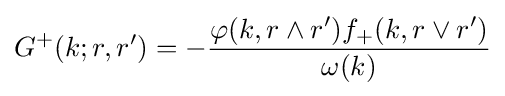
G^{+}(k;r,r')=-{\frac {\varphi (k,r\wedge r')f_{+}(k,r\vee r')}{\omega (k)}}